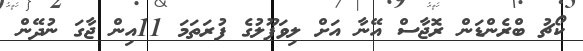
ކޯޗު ބްރެންޑަން ރޮޖާސް އޭނާ އަށް ލިވަޕޫލުގެ ފުރަތަމަ 11އިން ޖާގަ ނުދޭން